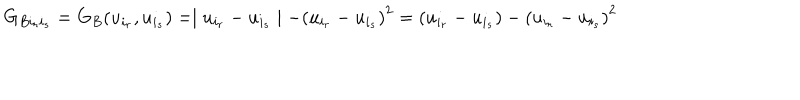
G _ { B i _ { r } i _ { s } } = G _ { B } ( u _ { i _ { r } } , u _ { i _ { s } } ) = \mid u _ { i _ { r } } - u _ { i _ { s } } \mid - { ( u _ { i _ { r } } - u _ { i _ { s } } ) } ^ { 2 } = ( u _ { i _ { r } } - u _ { i _ { s } } ) - { ( u _ { i _ { r } } - u _ { i _ { s } } ) } ^ { 2 }